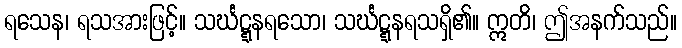
ရသေန၊ ရသအားဖြင့်။ သင်္ဃဋ္ဋနရသော၊ သင်္ဃဋ္ဋနရသရှိ၏။ ဣတိ၊ ဤအနက်သည်။